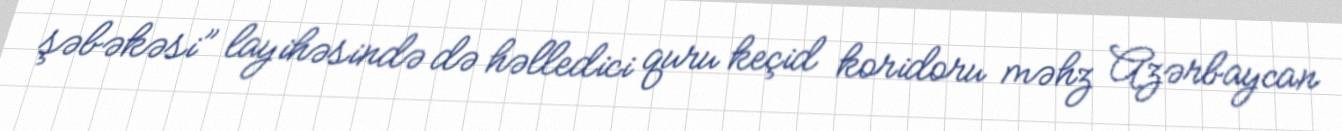
şəbəkəsi” layihəsində də həlledici quru keçid koridoru məhz Azərbaycan